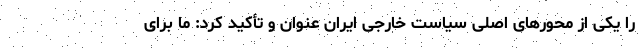
را یکی از محورهای اصلی سیاست خارجی ایران عنوان و تأکید کرد: ما برای